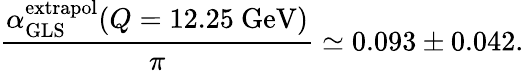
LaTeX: {\frac{\alpha_{\mathrm{GLS}}^{\mathrm{extrapol}}(Q=12.25~\mathrm{GeV})}{\pi}}\simeq 0.093\pm 0.042.